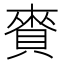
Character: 賚